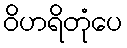
ဝိဟရိတုံပေ